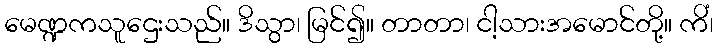
မေဏ္ဍကသူဌေးသည်။ ဒိသွာ၊ မြင်၍။ တာတာ၊ ငါ့သားအမောင်တို့။ ကိံ၊